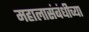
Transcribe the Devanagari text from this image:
महालासंबंधीच्या